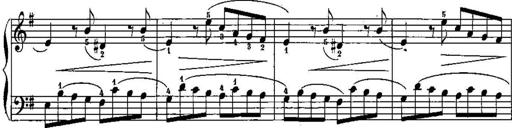
Title: Trois sonatines
Composer: Maurice Emmanuel